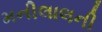
મનીલાલની